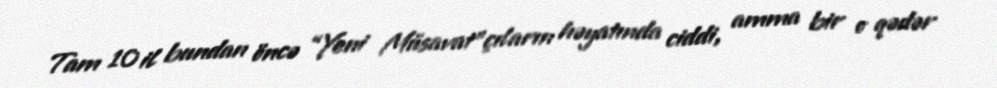
Tam 10 il bundan öncə “Yeni Müsavat”çıların həyatında ciddi, amma bir o qədər